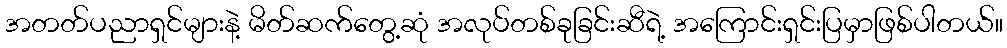
အတတ်ပညာရှင်များနဲ့ မိတ်ဆက်တွေ့ဆုံ အလုပ်တစ်ခုခြင်းဆီရဲ့ အကြောင်းရှင်းပြမှာဖြစ်ပါတယ်။